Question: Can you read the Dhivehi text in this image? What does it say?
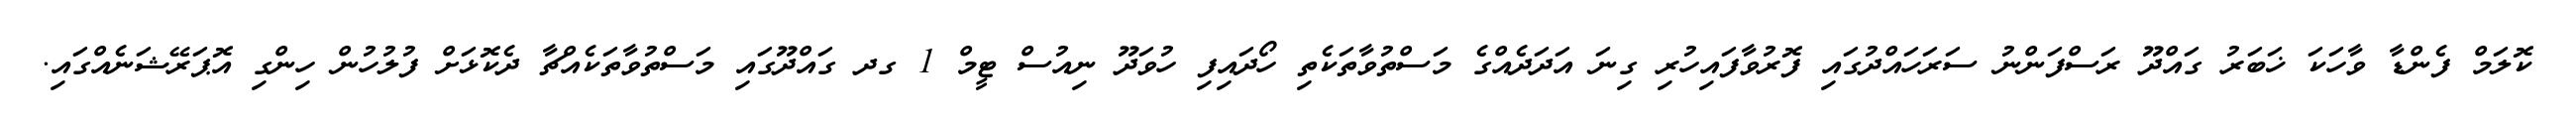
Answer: ކޮލަމް ފެންޑާ ވާހަކަ ޚަބަރު ގައްދޫ ރަސްފަންނު ސަރަހައްދުގައި ފޮރުވާފައިހުރި ގިނަ އަދަދެއްގެ މަސްތުވާތަކެތި ހޯދައިފި ހުވަދޫ ނިއުސް ޓީމް 1 ގދ ގައްދޫގައި މަސްތުވާތަކެއްޗާ ދެކޮޅަށް ފުލުހުން ހިންގި އޮޕަރޭޝަނެއްގައި.